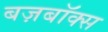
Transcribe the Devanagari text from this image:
बज़बॉक्स